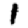
Digit: 1